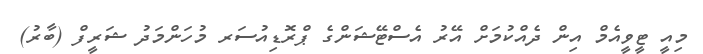
މިއީ ޓީވީއެމް އިން ދެއްކުމަށް އޭރު އެސްޓޭޝަންގެ ޕްރޮޑިއުސަރ މުހަންމަދު ޝަރީފް (ބާރު)